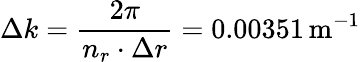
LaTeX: \Delta k=\frac{2\pi}{n_{r}\cdot\Delta r}=0.00351\, \mathrm{m}^{-1}